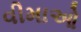
વીમાઓ